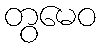
တွမေဝ